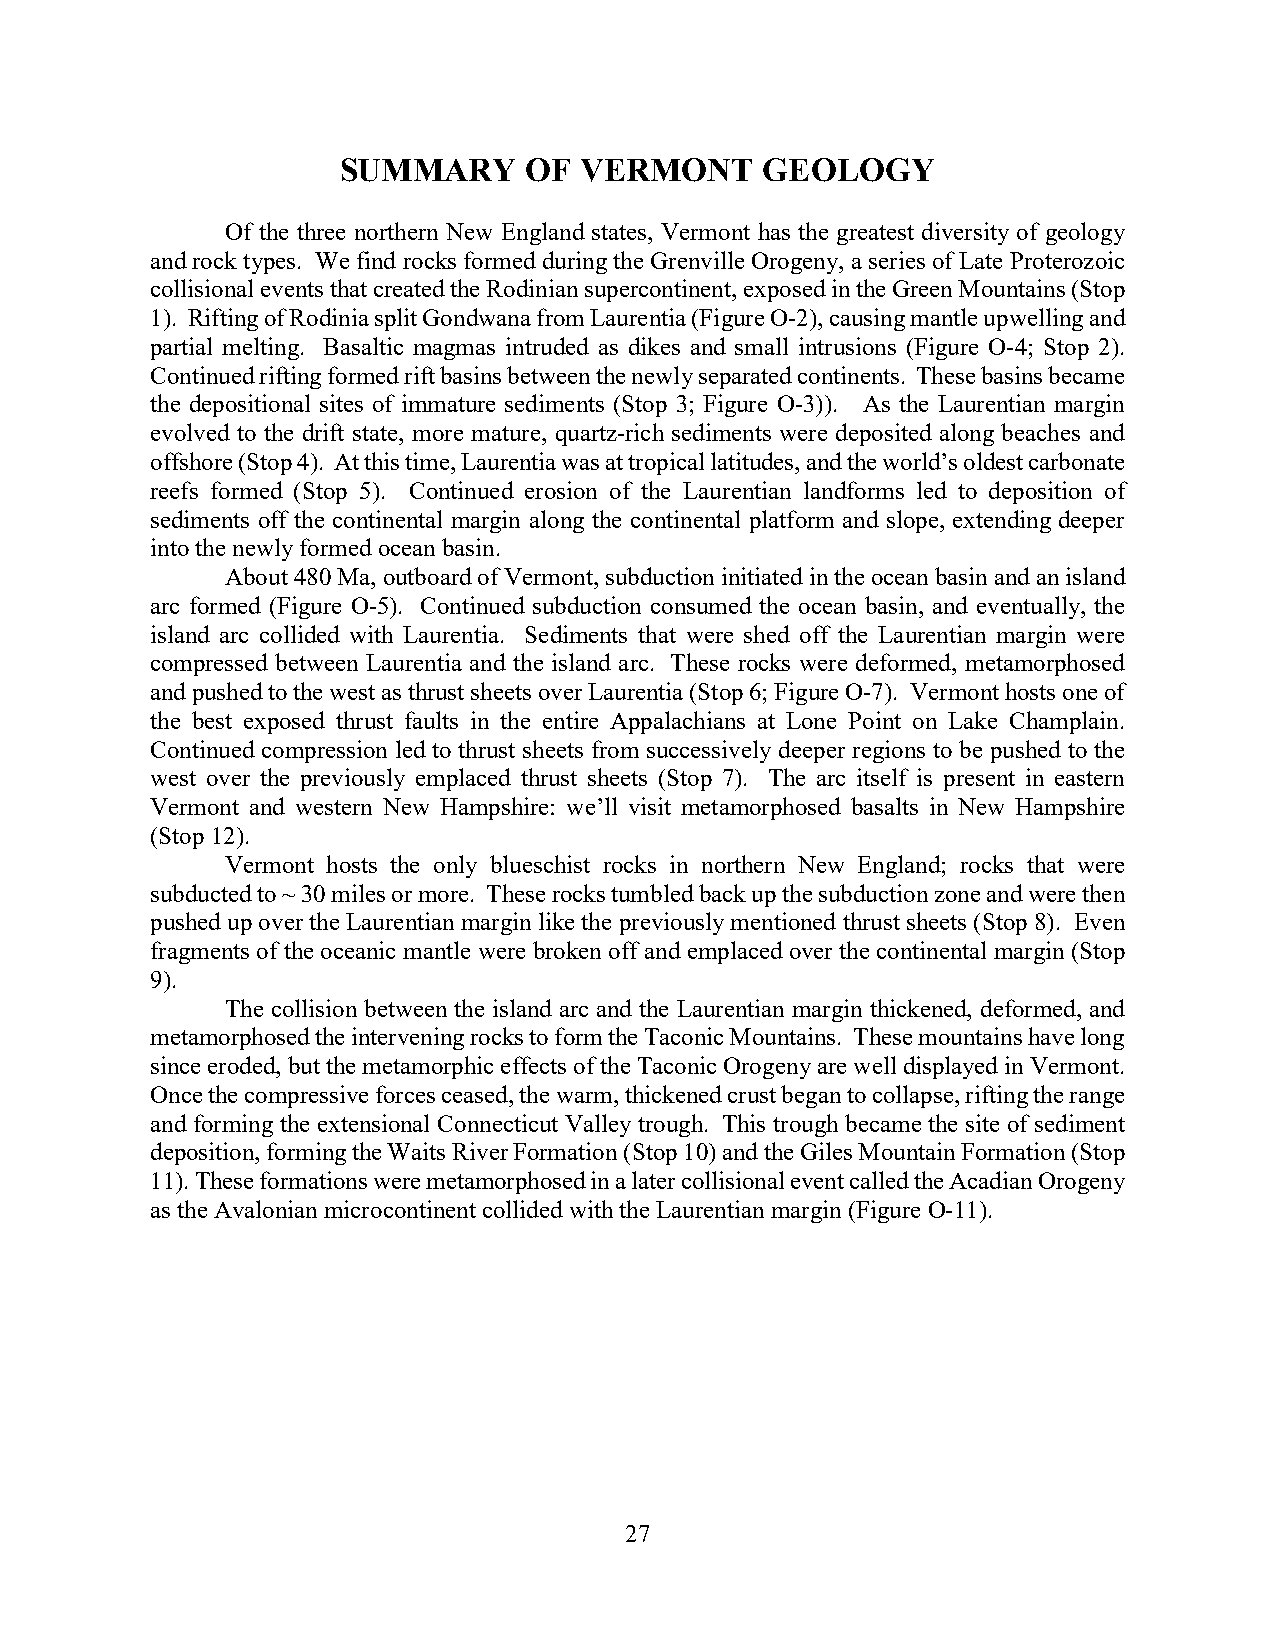
SUMMARY      OF VERMONT      GEOLOGY
 Of the three northern New England states, Vermont has the greatest diversity of geology
 and rock types. We find rocks formed during the Grenville Orogeny, a series of Late Proterozoic
 collisional events that created the Rodinian supercontinent, exposed in the Green Mountains (Stop
 1). Rifting of Rodinia split Gondwana from Laurentia (Figure O-2), causing mantle upwelling and
 partial melting. Basaltic magmas intruded as dikes and small intrusions (Figure O-4; Stop 2).
 Continued rifting formed rift basins between the newly separated continents. These basins became
 the depositional sites of immature sediments (Stop 3; Figure O-3)). As the Laurentian margin
 evolved to the drift state, more mature, quartz-rich sediments were deposited along beaches and
 offshore (Stop 4). At this time, Laurentia was at tropical latitudes, and the world’s oldest carbonate
 reefs formed (Stop 5). Continued erosion of the Laurentian landforms led to deposition of
 sediments off the continental margin along the continental platform and slope, extending deeper
 into the newly formed ocean basin.
 About 480 Ma, outboard of Vermont, subduction initiated in the ocean basin and an island
 arc formed (Figure O-5). Continued subduction consumed the ocean basin, and eventually, the
 island arc collided with Laurentia. Sediments that were shed off the Laurentian margin were
 compressed between Laurentia and the island arc. These rocks were deformed, metamorphosed
 and pushed to the west as thrust sheets over Laurentia (Stop 6; Figure O-7). Vermont hosts one of
 the best exposed thrust faults in the entire Appalachians at Lone Point on Lake Champlain.
 Continued compression led to thrust sheets from successively deeper regions to be pushed to the
 west over the previously emplaced thrust sheets (Stop 7). The arc itself is present in eastern
 Vermont and western New Hampshire: we’ll visit metamorphosed basalts in New Hampshire
 (Stop 12).
 Vermont hosts the only blueschist rocks in northern New England; rocks that were
 subducted to ~ 30 miles or more. These rocks tumbled back up the subduction zone and were then
 pushed up over the Laurentian margin like the previously mentioned thrust sheets (Stop 8). Even
 fragments of the oceanic mantle were broken off and emplaced over the continental margin (Stop
 9).
 The collision between the island arc and the Laurentian margin thickened, deformed, and
 metamorphosed the intervening rocks to form the Taconic Mountains. These mountains have long
 since eroded, but the metamorphic effects of the Taconic Orogeny are well displayed in Vermont.
 Once the compressive forces ceased, the warm, thickened crust began to collapse, rifting the range
 and forming the extensional Connecticut Valley trough. This trough became the site of sediment
 deposition, forming the Waits River Formation (Stop 10) and the Giles Mountain Formation (Stop
 11). These formations were metamorphosed in a later collisional event called the Acadian Orogeny
 as the Avalonian microcontinent collided with the Laurentian margin (Figure O-11).
 27